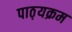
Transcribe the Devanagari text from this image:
पाठ़यक्रम